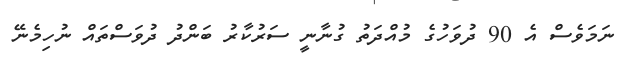
ނަމަވެސް އެ 90 ދުވަހުގެ މުއްދަތު ގުނާނީ ސަރުކާރު ބަންދު ދުވަސްތައް ނުހިމެނޭ